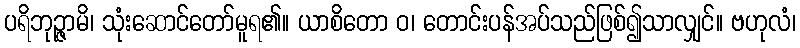
ပရိဘုဉ္ဇာမိ၊ သုံးဆောင်တော်မူရ၏။ ယာစိတော ဝ၊ တောင်းပန်အပ်သည်ဖြစ်၍သာလျှင်။ ဗဟုလံ၊